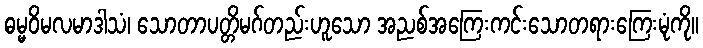
ဓမ္မဝိမလမာဒါသံ၊ သောတာပတ္တိမဂ်တည်းဟူသော အညစ်အကြေးကင်းသောတရားကြေးမုံကို။